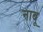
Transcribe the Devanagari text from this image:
नाबू